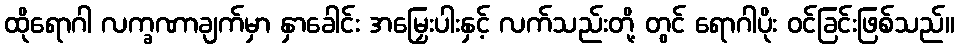
ထိုရောဂါ လက္ခဏာချက်မှာ နှာခေါင်း အမြှေးပါးနှင့် လက်သည်းတို့ တွင် ရောဂါပိုး ဝင်ခြင်းဖြစ်သည်။